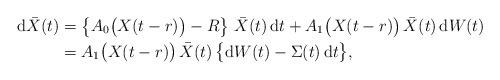
LaTeX: \begin{align*}\mbox{d} \bar{X}(t) & = \left\{ A_0 \big( X(t-r) \big) - R \right\} \, \bar{X}(t) \, \mbox{d}t + A_1 \big( X(t-r) \big) \, \bar{X}(t) \, \mbox{d}W(t) \\& = A_1 \big( X(t-r) \big) \, \bar{X}(t) \, \big\{ \mbox{d}W(t) - \Sigma (t) \, \mbox{d}t \big\}, \end{align*}